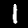
Digit: 1